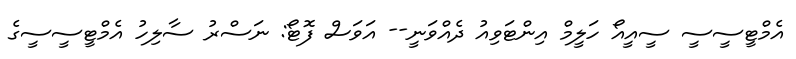
އެމްޓީސީސީ ސީއީއޯ ހަލީމް އިންޓަވިއު ދެއްވަނީ-- އަވަސް ފޮޓޯ: ނަސްރު ސާލިހު އެމްޓީސީސީގެ